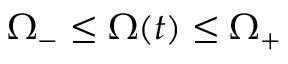
\Omega _ { - } \leq \Omega ( t ) \leq \Omega _ { + }